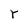
Character: Y